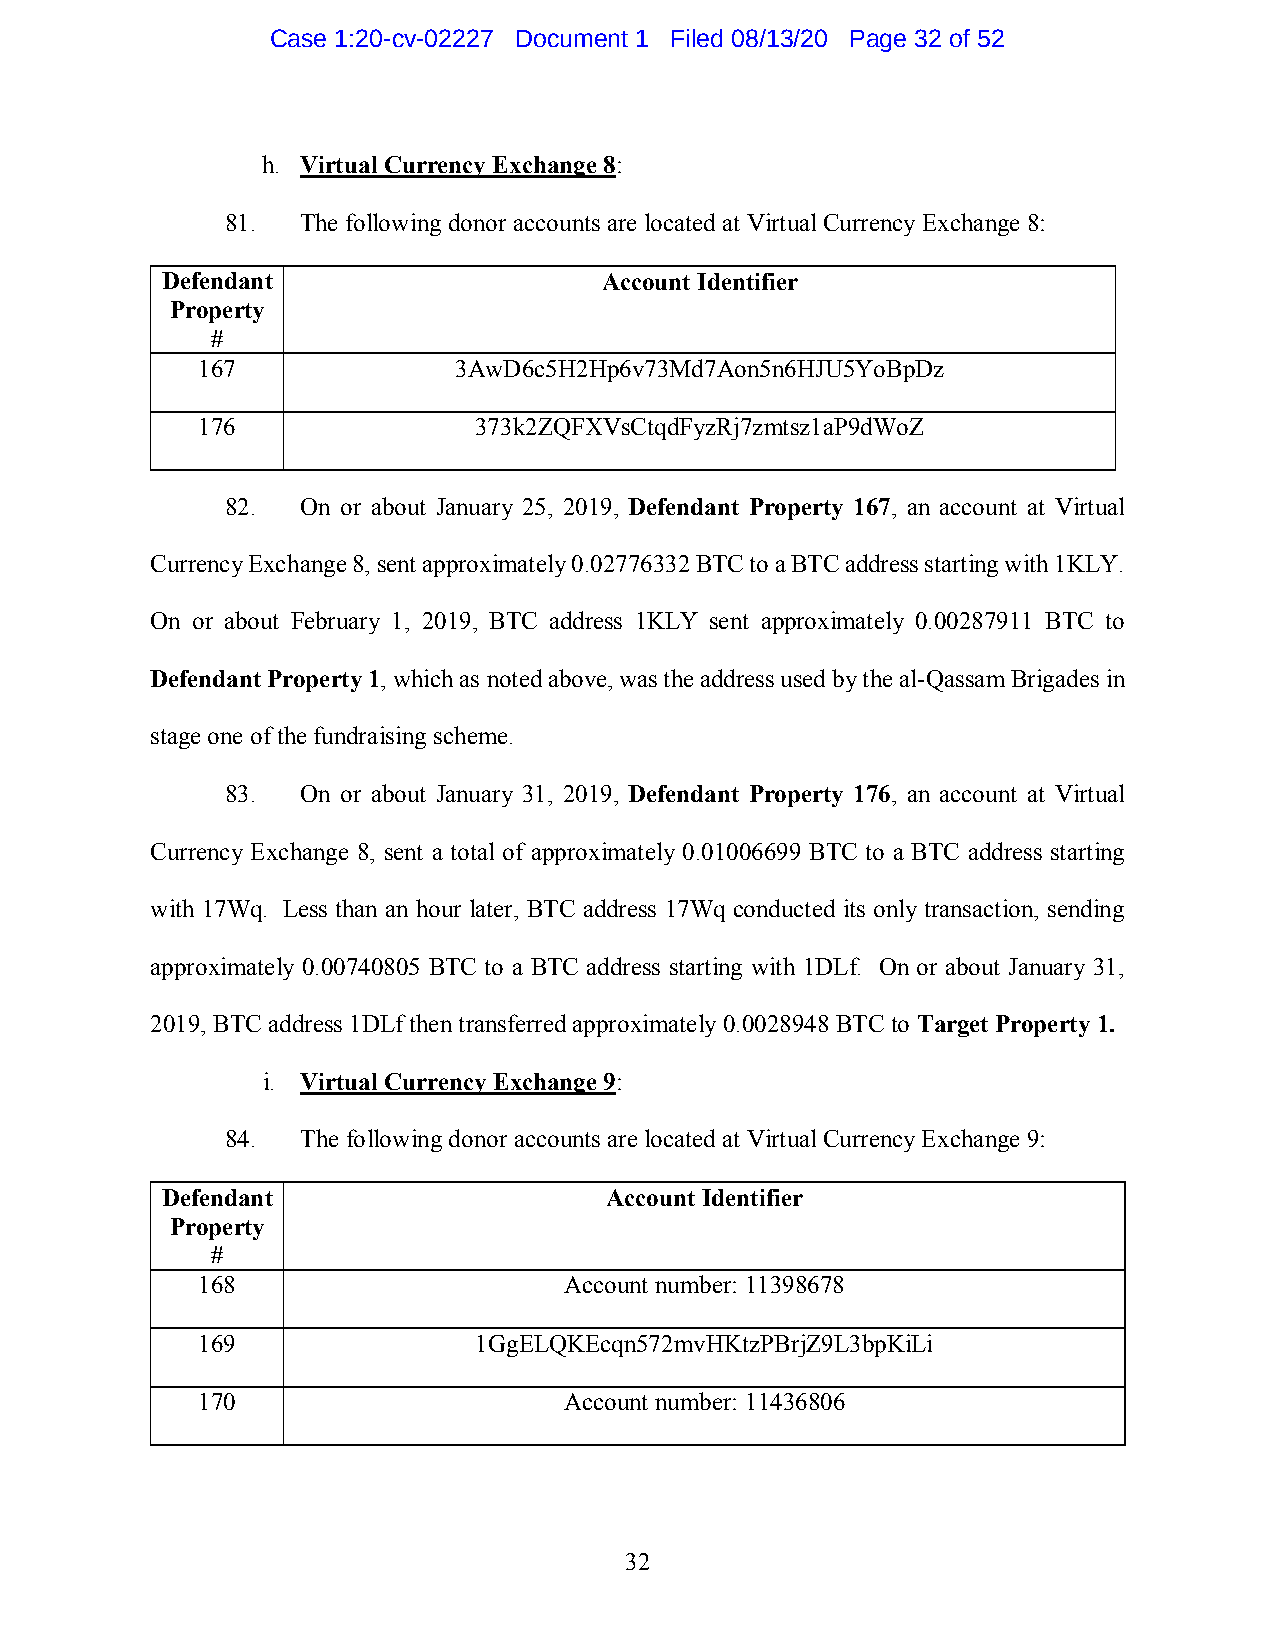
Case 1:20-cv-02227 Document 1 Filed 08/13/20 Page 32 of 52
 h. Virtual Currency Exchange 8:
 81.  The following donor accounts are located at Virtual Currency Exchange 8:
 Defendant                    Account Identifier
 Property
 #
 167              3AwD6c5H2Hp6v73Md7Aon5n6HJU5YoBpDz
 176               373k2ZQFXVsCtqdFyzRj7zmtsz1aP9dWoZ
 82.  On or about January 25, 2019, Defendant Property 167, an account at Virtual
 Currency Exchange 8, sent approximately 0.02776332 BTC to a BTC address starting with 1KLY.
 On or about February 1, 2019, BTC address 1KLY sent approximately 0.00287911 BTC to
 Defendant Property 1, which as noted above, was the address used by the al-Qassam Brigades in
 stage one of the fundraising scheme.
 83.  On or about January 31, 2019, Defendant Property 176, an account at Virtual
 Currency Exchange 8, sent a total of approximately 0.01006699 BTC to a BTC address starting
 with 17Wq. Less than an hour later, BTC address 17Wq conducted its only transaction, sending
 approximately 0.00740805 BTC to a BTC address starting with 1DLf. On or about January 31,
 2019, BTC address 1DLf then transferred approximately 0.0028948 BTC to Target Property 1.
 i. Virtual Currency Exchange 9:
 84.  The following donor accounts are located at Virtual Currency Exchange 9:
 Defendant                    Account Identifier
 Property
 #
 168                     Account number: 11398678
 169               1GgELQKEcqn572mvHKtzPBrjZ9L3bpKiLi
 170                     Account number: 11436806
 32